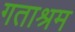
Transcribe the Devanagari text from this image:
गताश्रम